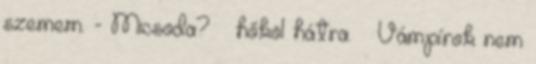
szemem. - Micsoda? – hőköl hátra. – Vámpírok nem